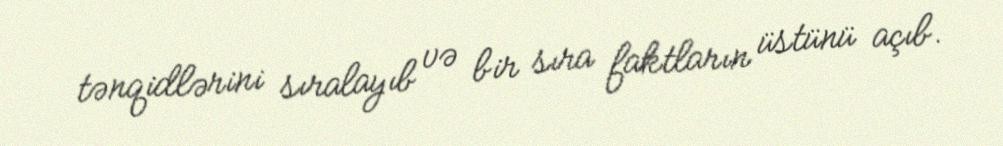
tənqidlərini sıralayıb və bir sıra faktların üstünü açıb.